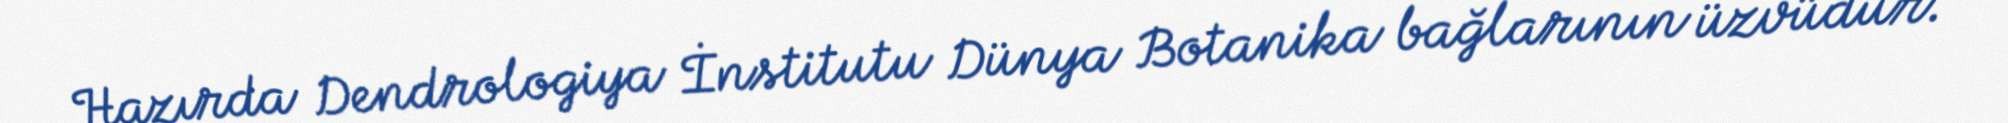
Hazırda Dendrologiya İnstitutu Dünya Botanika bağlarının üzvüdür.